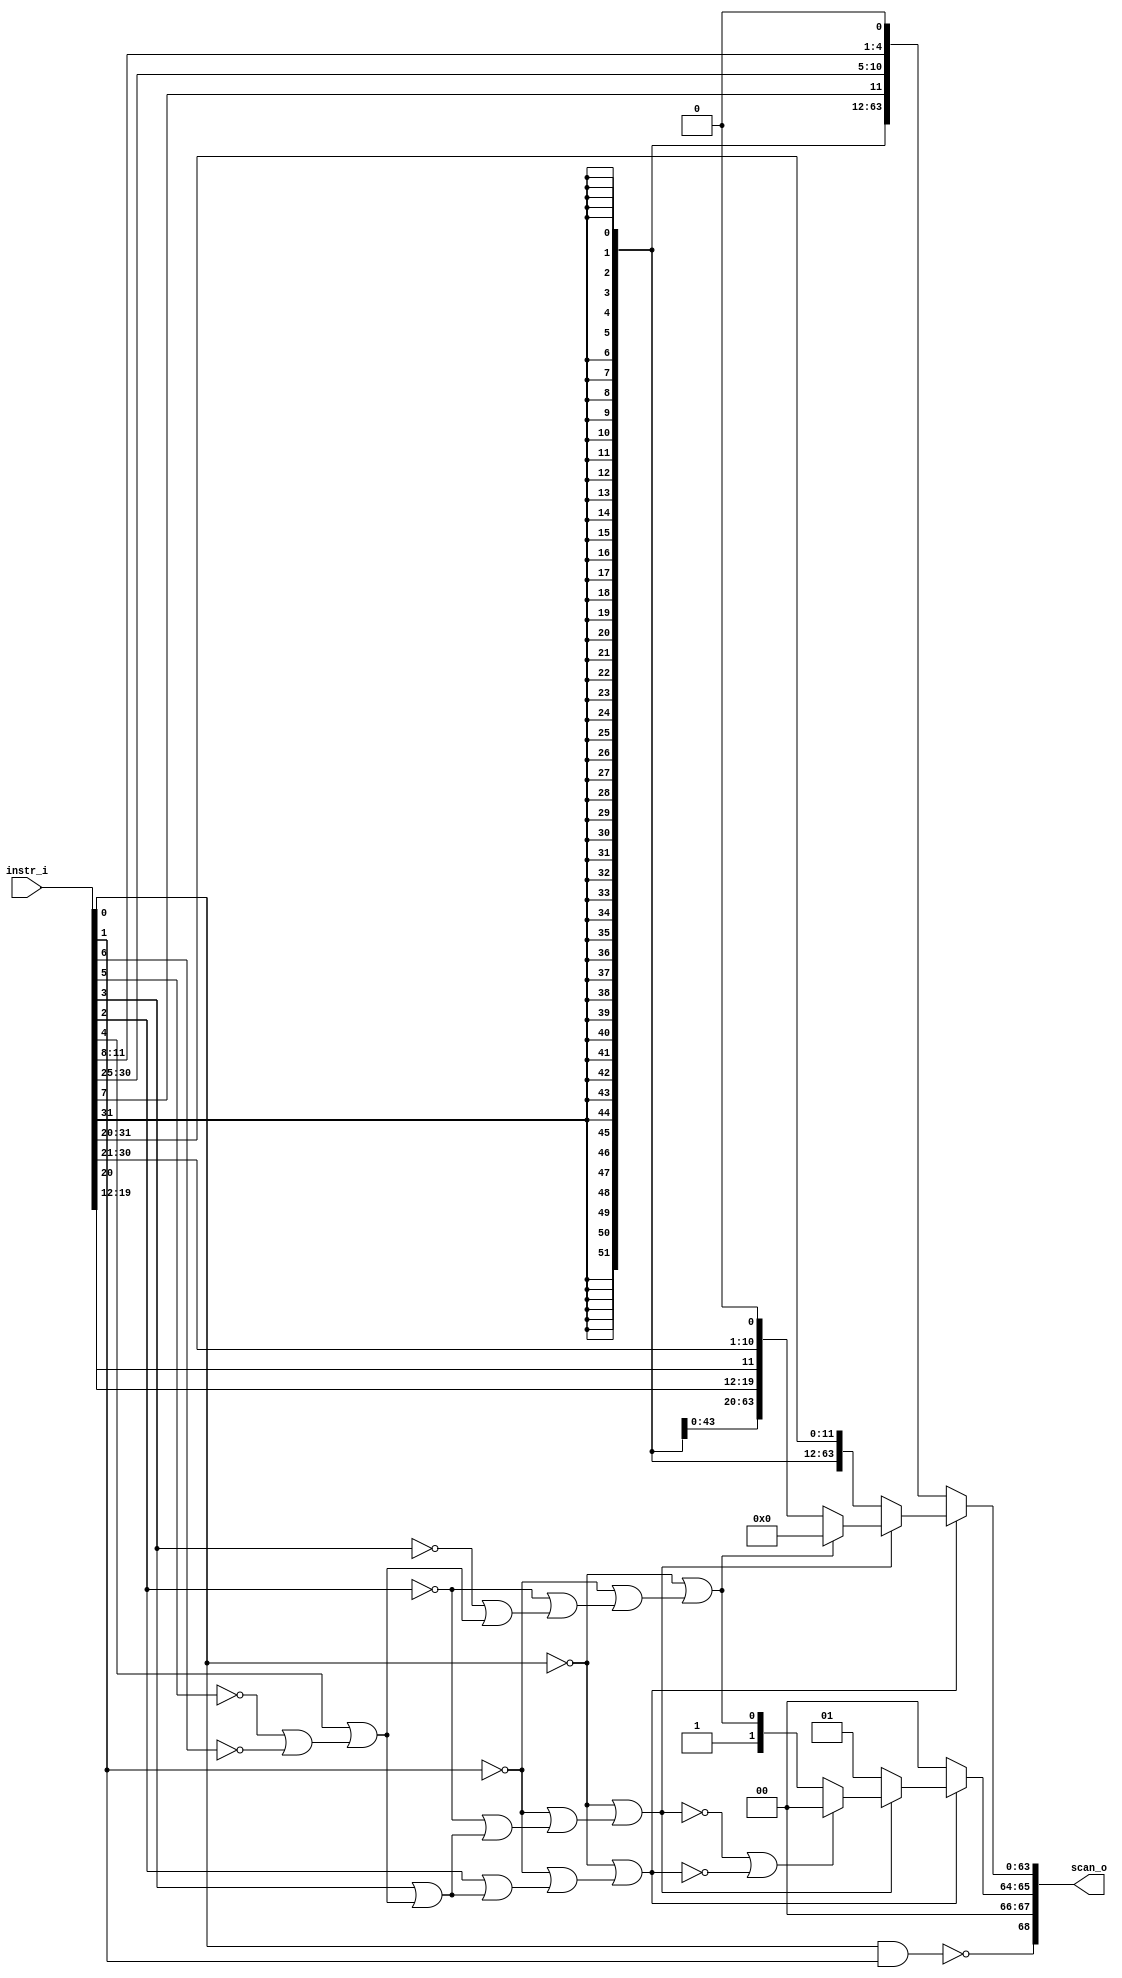
module instr_scan_eaddr_width_p64_instr_width_p32
(
  instr_i,
  scan_o
);

  input [31:0] instr_i;
  output [68:0] scan_o;
  wire [68:0] scan_o;
  wire N0,N1,N2,N3,N4,N5,N6,N7,N9,N10,N11,N12,N13,N14,N15,N16,N17,N18,N19,N20,N21,N22,
  N23,N24,N25,N26,N27,N28,N29,N30;
  assign scan_o[66] = 1'b0;
  assign scan_o[67] = 1'b0;
  assign N7 = instr_i[0] & instr_i[1];
  assign scan_o[68] = ~N7;
  assign N9 = ~instr_i[6];
  assign N10 = ~instr_i[5];
  assign N11 = ~instr_i[3];
  assign N12 = ~instr_i[2];
  assign N13 = ~instr_i[1];
  assign N14 = ~instr_i[0];
  assign N15 = N10 | N9;
  assign N16 = instr_i[4] | N15;
  assign N17 = N11 | N16;
  assign N18 = N12 | N17;
  assign N19 = N13 | N18;
  assign N20 = N14 | N19;
  assign N21 = ~N20;
  assign N22 = instr_i[3] | N16;
  assign N23 = N12 | N22;
  assign N24 = N13 | N23;
  assign N25 = N14 | N24;
  assign N26 = ~N25;
  assign N27 = instr_i[2] | N22;
  assign N28 = N13 | N27;
  assign N29 = N14 | N28;
  assign N30 = ~N29;
  assign scan_o[65:64] = (N0)? { 1'b0, 1'b0 } : 
                         (N1)? { 1'b0, 1'b1 } : 
                         (N4)? { 1'b1, N20 } : 1'b0;
  assign N0 = N30;
  assign N1 = N26;
  assign scan_o[63:0] = (N0)? { instr_i[31:31], instr_i[31:31], instr_i[31:31], instr_i[31:31], instr_i[31:31], instr_i[31:31], instr_i[31:31], instr_i[31:31], instr_i[31:31], instr_i[31:31], instr_i[31:31], instr_i[31:31], instr_i[31:31], instr_i[31:31], instr_i[31:31], instr_i[31:31], instr_i[31:31], instr_i[31:31], instr_i[31:31], instr_i[31:31], instr_i[31:31], instr_i[31:31], instr_i[31:31], instr_i[31:31], instr_i[31:31], instr_i[31:31], instr_i[31:31], instr_i[31:31], instr_i[31:31], instr_i[31:31], instr_i[31:31], instr_i[31:31], instr_i[31:31], instr_i[31:31], instr_i[31:31], instr_i[31:31], instr_i[31:31], instr_i[31:31], instr_i[31:31], instr_i[31:31], instr_i[31:31], instr_i[31:31], instr_i[31:31], instr_i[31:31], instr_i[31:31], instr_i[31:31], instr_i[31:31], instr_i[31:31], instr_i[31:31], instr_i[31:31], instr_i[31:31], instr_i[31:31], instr_i[7:7], instr_i[30:25], instr_i[11:8], 1'b0 } : 
                        (N1)? { instr_i[31:31], instr_i[31:31], instr_i[31:31], instr_i[31:31], instr_i[31:31], instr_i[31:31], instr_i[31:31], instr_i[31:31], instr_i[31:31], instr_i[31:31], instr_i[31:31], instr_i[31:31], instr_i[31:31], instr_i[31:31], instr_i[31:31], instr_i[31:31], instr_i[31:31], instr_i[31:31], instr_i[31:31], instr_i[31:31], instr_i[31:31], instr_i[31:31], instr_i[31:31], instr_i[31:31], instr_i[31:31], instr_i[31:31], instr_i[31:31], instr_i[31:31], instr_i[31:31], instr_i[31:31], instr_i[31:31], instr_i[31:31], instr_i[31:31], instr_i[31:31], instr_i[31:31], instr_i[31:31], instr_i[31:31], instr_i[31:31], instr_i[31:31], instr_i[31:31], instr_i[31:31], instr_i[31:31], instr_i[31:31], instr_i[31:31], instr_i[31:31], instr_i[31:31], instr_i[31:31], instr_i[31:31], instr_i[31:31], instr_i[31:31], instr_i[31:31], instr_i[31:31], instr_i[31:20] } : 
                        (N2)? { instr_i[31:31], instr_i[31:31], instr_i[31:31], instr_i[31:31], instr_i[31:31], instr_i[31:31], instr_i[31:31], instr_i[31:31], instr_i[31:31], instr_i[31:31], instr_i[31:31], instr_i[31:31], instr_i[31:31], instr_i[31:31], instr_i[31:31], instr_i[31:31], instr_i[31:31], instr_i[31:31], instr_i[31:31], instr_i[31:31], instr_i[31:31], instr_i[31:31], instr_i[31:31], instr_i[31:31], instr_i[31:31], instr_i[31:31], instr_i[31:31], instr_i[31:31], instr_i[31:31], instr_i[31:31], instr_i[31:31], instr_i[31:31], instr_i[31:31], instr_i[31:31], instr_i[31:31], instr_i[31:31], instr_i[31:31], instr_i[31:31], instr_i[31:31], instr_i[31:31], instr_i[31:31], instr_i[31:31], instr_i[31:31], instr_i[31:31], instr_i[19:12], instr_i[20:20], instr_i[30:21], 1'b0 } : 
                        (N6)? { 1'b0, 1'b0, 1'b0, 1'b0, 1'b0, 1'b0, 1'b0, 1'b0, 1'b0, 1'b0, 1'b0, 1'b0, 1'b0, 1'b0, 1'b0, 1'b0, 1'b0, 1'b0, 1'b0, 1'b0, 1'b0, 1'b0, 1'b0, 1'b0, 1'b0, 1'b0, 1'b0, 1'b0, 1'b0, 1'b0, 1'b0, 1'b0, 1'b0, 1'b0, 1'b0, 1'b0, 1'b0, 1'b0, 1'b0, 1'b0, 1'b0, 1'b0, 1'b0, 1'b0, 1'b0, 1'b0, 1'b0, 1'b0, 1'b0, 1'b0, 1'b0, 1'b0, 1'b0, 1'b0, 1'b0, 1'b0, 1'b0, 1'b0, 1'b0, 1'b0, 1'b0, 1'b0, 1'b0, 1'b0 } : 1'b0;
  assign N2 = N21;
  assign N3 = N26 | N30;
  assign N4 = ~N3;
  assign N5 = N21 | N3;
  assign N6 = ~N5;

endmodule